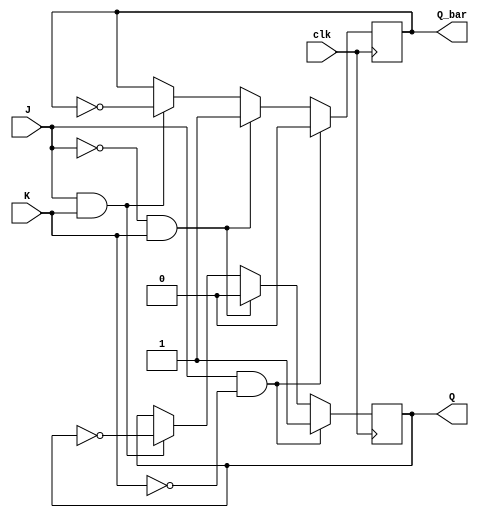
module jk_flipflop(
    input J,
    input K,
    input clk,
    output reg Q,
    output reg Q_bar
);

always @(posedge clk) begin
    if (J & !K) begin
        Q <= 1;
        Q_bar <= 0;
    end else if (!J & K) begin
        Q <= 0;
        Q_bar <= 1;
    end else if (J & K) begin
        Q <= ~Q;
        Q_bar <= ~Q_bar;
    end
end

endmodule